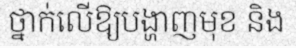
ថ្នាក់លើឱ្យបង្ហាញមុខ និង